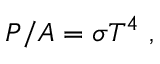
P / A = \sigma T ^ { 4 } \ ,